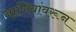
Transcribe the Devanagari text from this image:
जाणिवांवरून